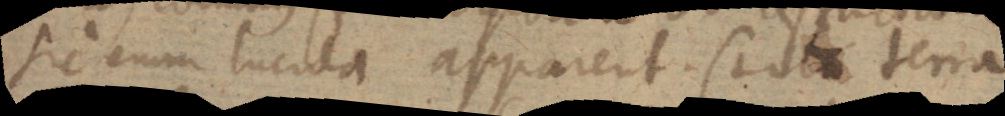
sic enim lucida apparent. (+ Ut terra